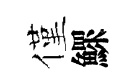
僅鰥